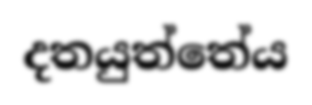
දතයුත්තේය